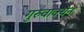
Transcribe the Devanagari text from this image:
गुरुवाक्येन